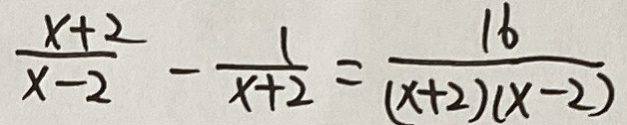
\frac { x + 2 } { x - 2 } - \frac { 1 } { x + 2 } = \frac { 1 6 } { ( x + 2 ) ( x - 2 ) }